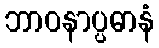
ဘာဝနာပ္ပဓာနံ